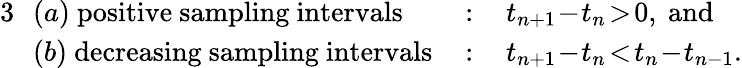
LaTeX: \begin{array}{rlrl}{{3}\! \! }&{(a)\mathrm{~positive~sampling~intervals}\, }&{:}&{\, t_{n+1}\! -\! t_{n}\! >\! 0,\mathrm{~and}}\\ {\! \! }&{(b)\mathrm{~decreasing~sampling~intervals}\, }&{:}&{\, t_{n+1}\! -\! t_{n}\! <\! t_{n}\! -\! t_{n-1}.}\end{array}